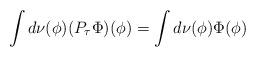
LaTeX: \begin{align*}\int d\nu(\phi) (P_{\tau}\Phi)(\phi) = \int d\nu(\phi)\Phi(\phi)\end{align*}